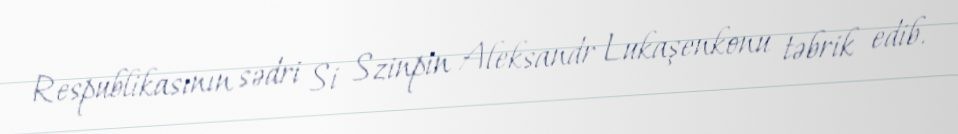
Respublikasının sədri Si Szinpin Aleksandr Lukaşenkonu təbrik edib.